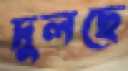
দুলছে